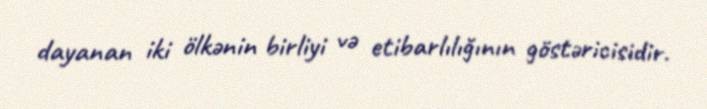
dayanan iki ölkənin birliyi və etibarlılığının göstəricisidir.